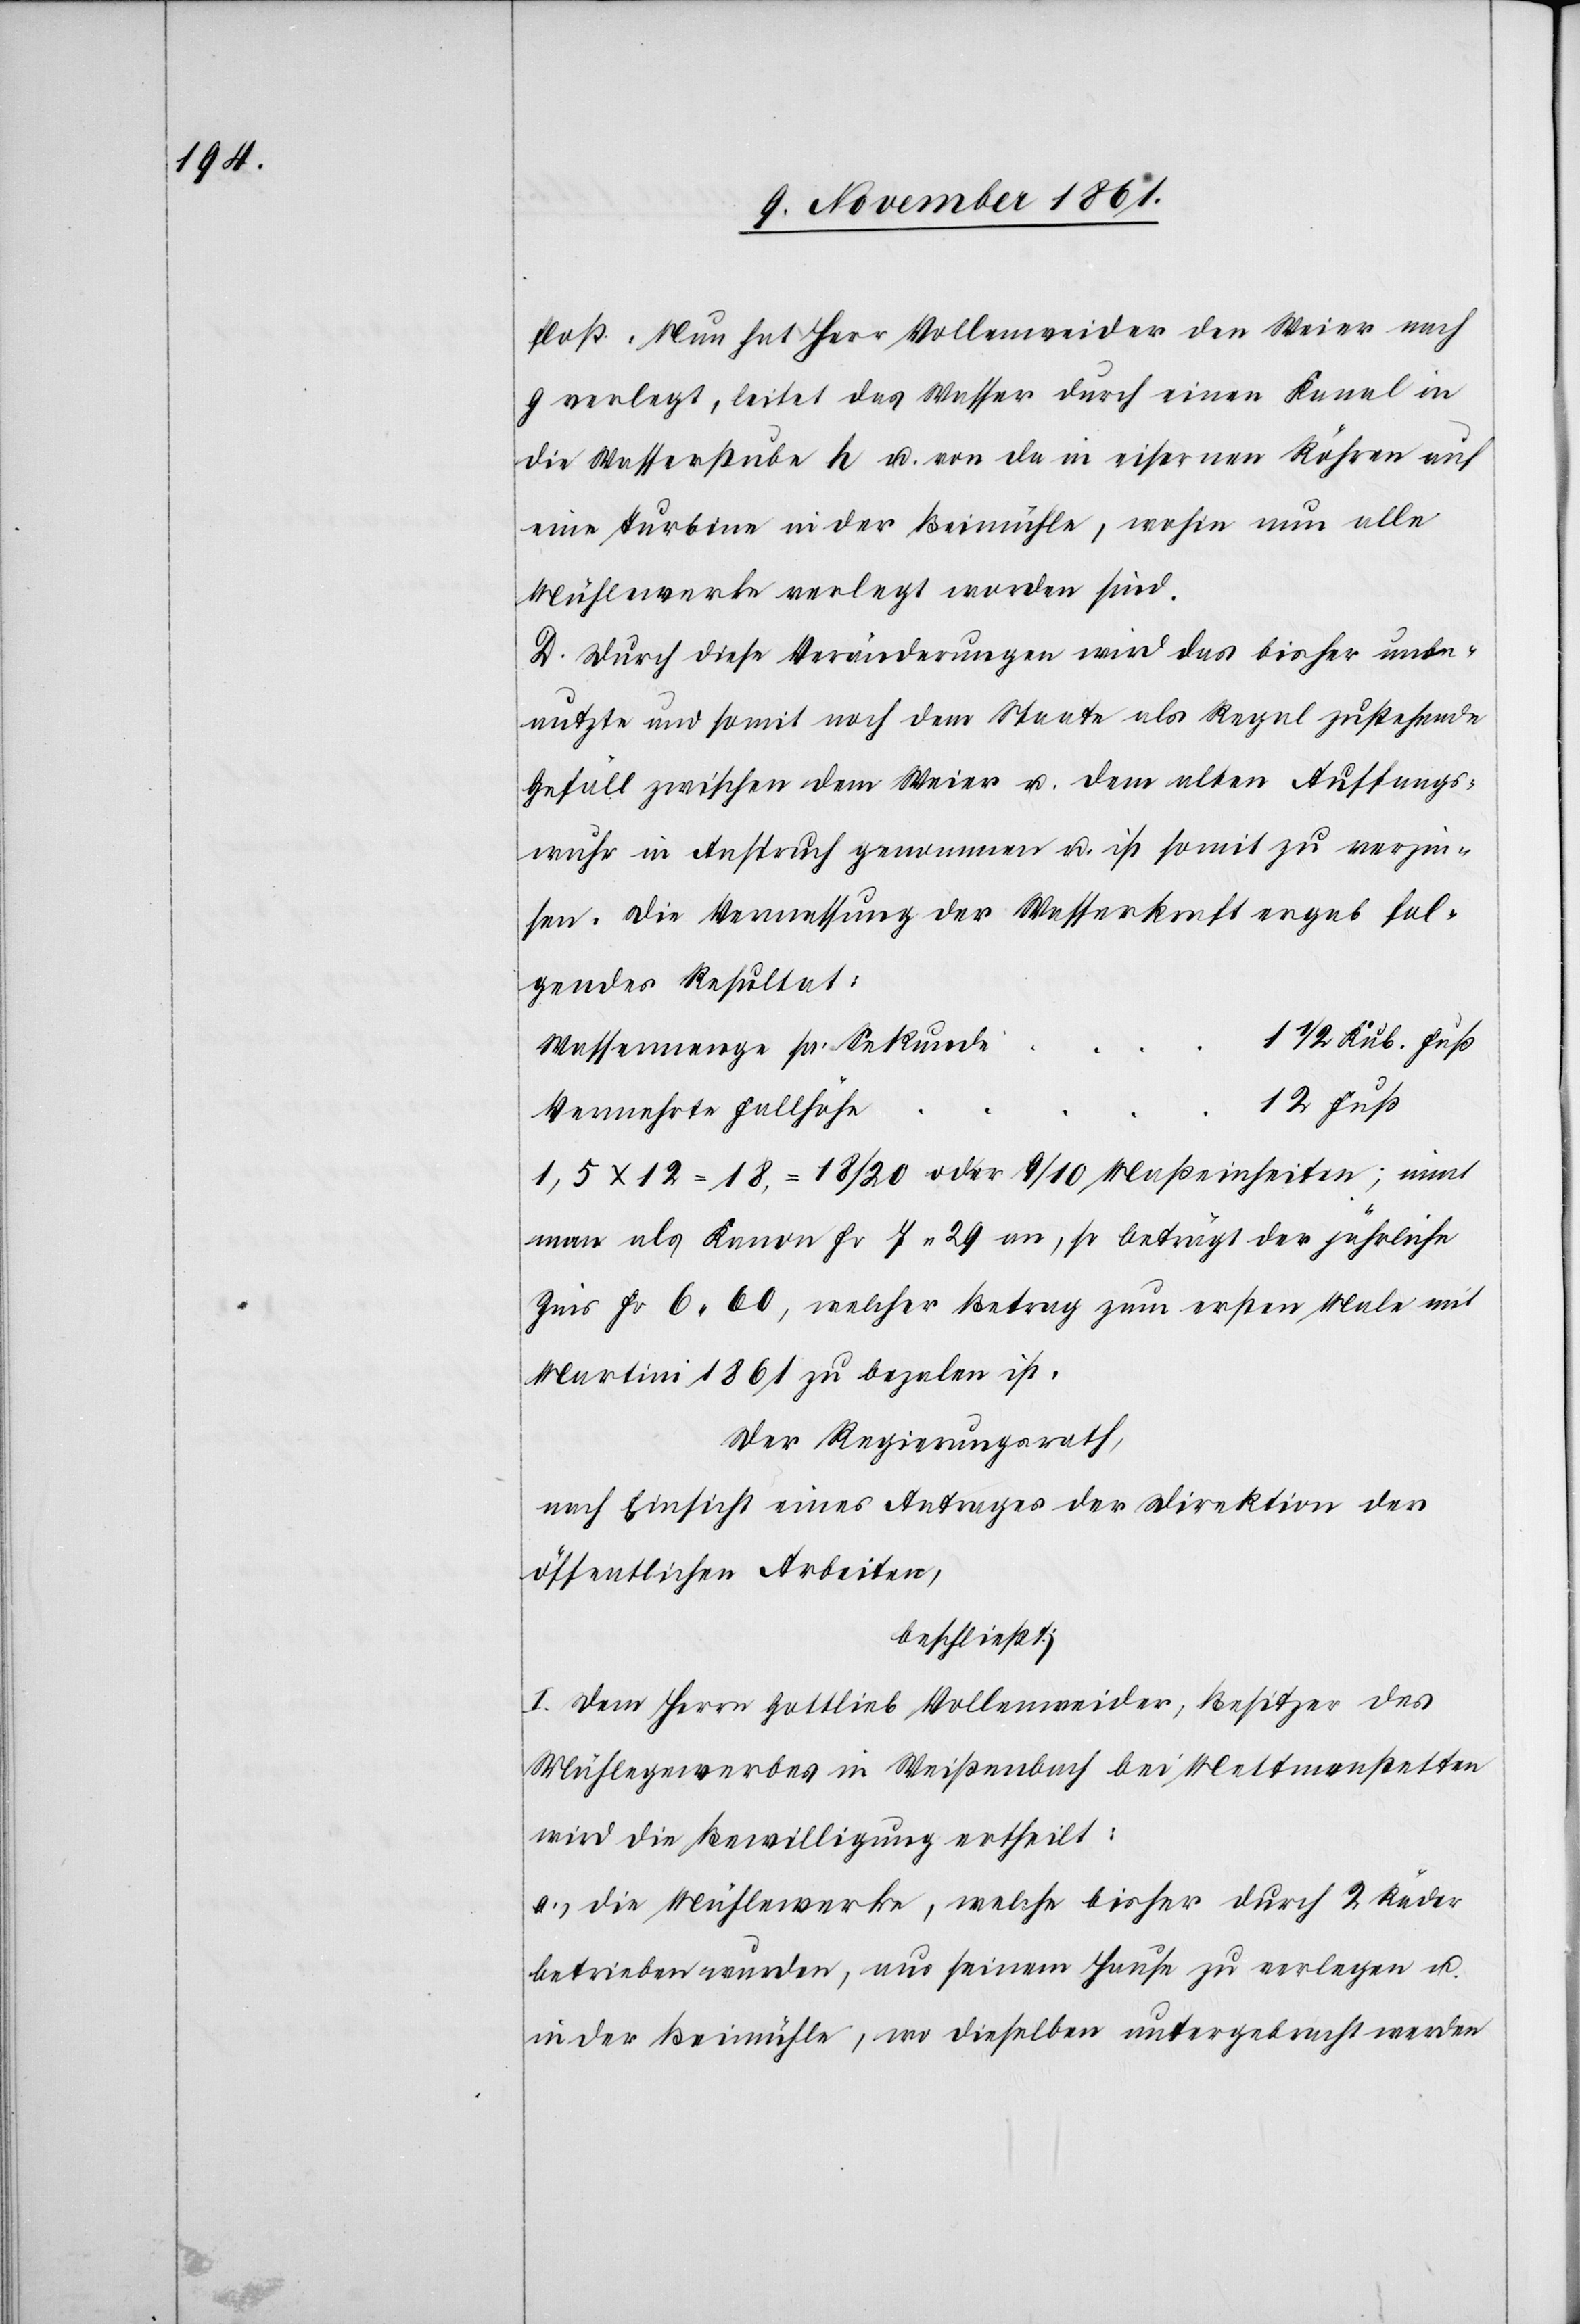
floß. Nun hat Herr Vollenweider den Weier nach
g verlegt, leitet das Wasser durch einen Kanal in
die Wasserstube h u. von da in eisernen Röhren auf
eine Turbine in der Beimühle, wohin nun alle
Mühlenwerke verlegt worden sind.
D. Durch diese Veränderungen wird das bisher unbe¬
nutzte und somit nach dem Staate als Regel zustehende
Gefäll zwischen dem Weier u. dem alten Auffangs¬
wuhr in Anspruch genommen u. ist somit zu verzin¬
sen. Die Vermessung der Wasserkraft ergab fol¬
gendes Resultat:
1/2 Kub. Fuß.
1,5x12=18, = 18/20 oder 9/10 Maßeinheiten, nimt
man als Kanon Fr. 7.29 an, so beträgt der jährliche
Zins Fr 6.60, welcher Betrag zum ersten Male mit
Martini 1861 zu bezalen ist.
Der Regierungsrath,
nach Einsicht eines Antrages der Direktion der
öffentlichen Arbeiten,
beschließt:
I. Dem Herrn Gottlieb Vollenweider, Besitzer des
Mühlengewerbes in Weißenbach bei Mettmenstetten
wird die Bewilligung ertheilt:
a.) die Mühlenwerke, welche bisher durch 2 Räder
betrieben wurden, aus seinem Hause zu verlegen u.
in der Beimühle, wo dieselben untergebracht werden